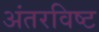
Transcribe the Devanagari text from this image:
अंतरविष्ट